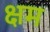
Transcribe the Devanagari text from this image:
क्षम